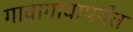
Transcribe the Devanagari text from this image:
गावागावापर्यंत